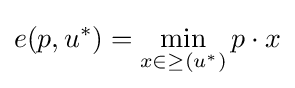
e(p,u^{*})=\min _{x\in \geq (u^{*})}p\cdot x